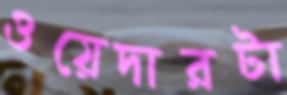
ওয়েদারটা